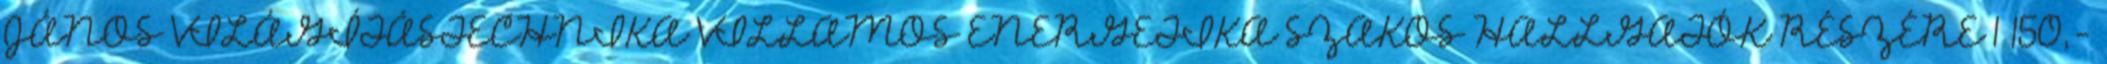
JÁNOS VILÁGÍTÁSTECHNIKA VILLAMOS ENERGETIKA SZAKOS HALLGATÓK RÉSZÉRE 1 150,-